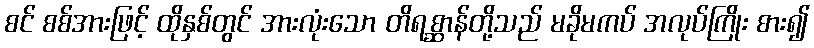
စင် စစ်အားဖြင့် ထိုနှစ်တွင် အားလုံးသော တိရစ္ဆာန်တို့သည် မခိုမကပ် အလုပ်ကြိုး စား၍